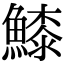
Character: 𩺲